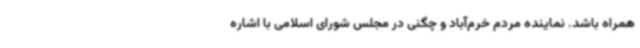
همراه باشد. نماینده مردم خرم‌آباد و چگنی در مجلس شورای اسلامی با اشاره